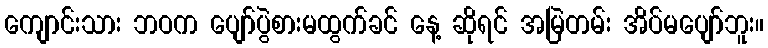
ကျောင်းသား ဘဝက ပျော်ပွဲစားမထွက်ခင် နေ့ ဆိုရင် အမြဲတမ်း အိပ်မပျော်ဘူး။